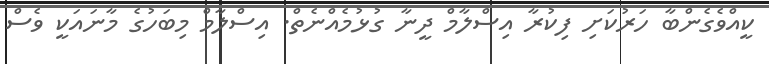
ކީއްވެގެންބާ ހަރުކަށި ފިކުރާ އިސްލާމް ދީނާ ގުޅުމެއްނެތް. އިސްލާމް މިބަހުގެ މާނައަކީ ވެސް